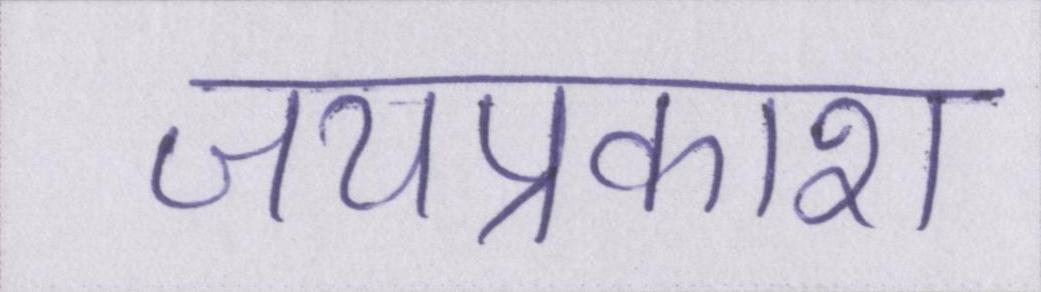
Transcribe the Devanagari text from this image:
जयप्रकाश